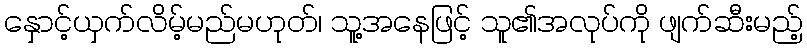
နှောင့်ယှက်လိမ့်မည်မဟုတ်၊ သူ့အနေဖြင့် သူ၏အလုပ်ကို ဖျက်ဆီးမည့်